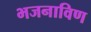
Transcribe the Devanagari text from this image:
भजनाविण